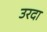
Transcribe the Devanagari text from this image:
उरदा